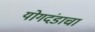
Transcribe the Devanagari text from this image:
योगदंडाचा